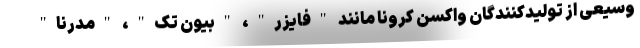
وسیعی از تولیدکنندگان واکسن کرونا مانند "فایزر"، "بیون تک"، "مدرنا"